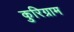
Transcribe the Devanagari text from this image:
कुरिग्राम